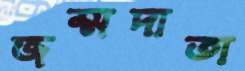
জম্মদাতা